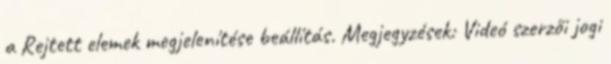
a Rejtett elemek megjelenítése beállítás. Megjegyzések: Videó szerzői jogi